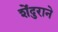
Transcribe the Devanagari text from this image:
शेंदुराने